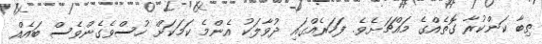
ތިބާ ކަންކުރާ ގޮތެއްގެ މައްޗަށެވެ. ފަހަރެއްގައި ދުވާލަކު އެންމެ ކަމަކަށް ހުސްވެގެންވެސް ބައެއް